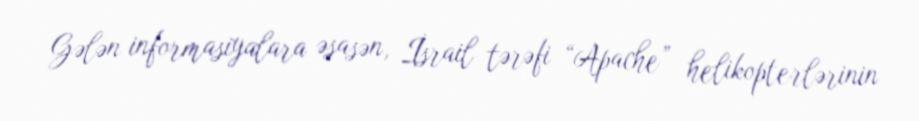
Gələn informasiyalara əsasən, İsrail tərəfi “Apache” helikopterlərinin